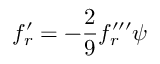
f _ { r } ^ { \prime } = - { \frac { 2 } { 9 } } f _ { r } ^ { \prime \prime \prime } { \psi }